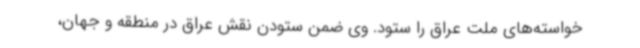
خواسته‌های ملت عراق را ستود. وی ضمن ستودن نقش عراق در منطقه و جهان،